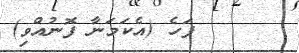
ފަހެ (އެކަމަނާ ފޮނުއްވި)